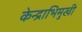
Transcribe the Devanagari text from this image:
केन्द्राभिमुखी